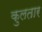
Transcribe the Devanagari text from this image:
कुलतार